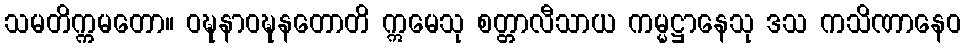
သမတိက္ကမတော။ ဝဍ္ဎနာဝဍ္ဎနတောတိ ဣမေသု စတ္တာလီသာယ ကမ္မဋ္ဌာနေသု ဒသ ကသိဏာနေဝ